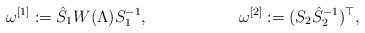
LaTeX: \begin{align*}\omega^{[1]}&:=\hat S_1W(\Lambda) S_1^{-1}, & \omega^{[2]}&:=(S_2\hat S_2^{-1})^\top,\end{align*}